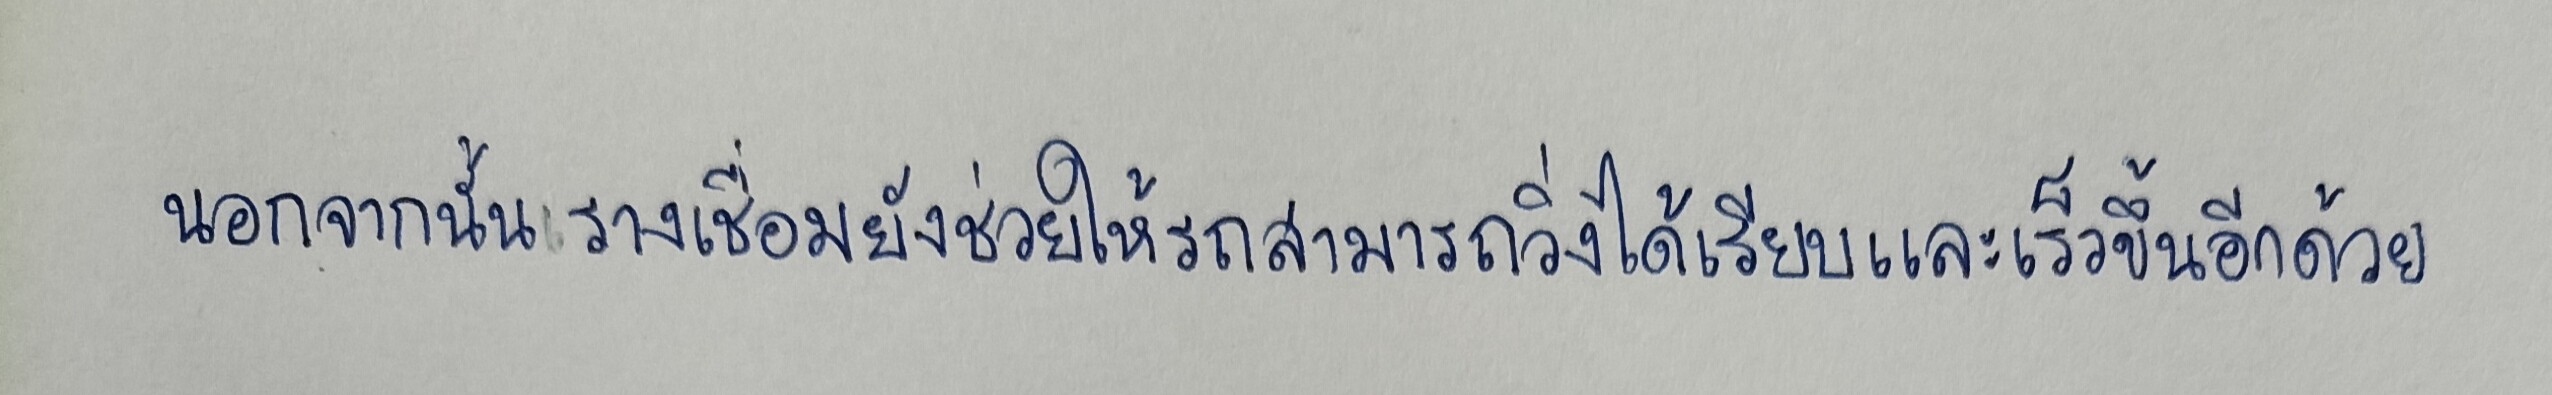
นอกจากนั้นรางเชื่อมยังช่วยให้รถสามารถวิ่งได้เรียบและเร็วขึ้นอีกด้วย